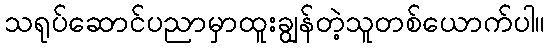
သရုပ်ဆောင်ပညာမှာထူးချွန်တဲ့သူတစ်ယောက်ပါ။